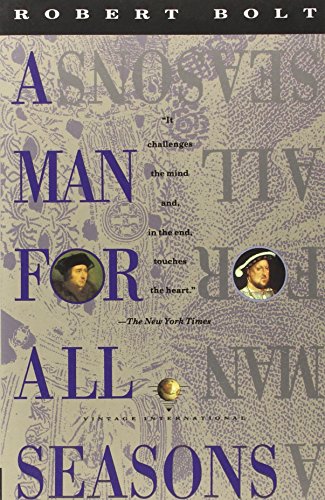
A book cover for A Man for All Seasons: A Play in Two Acts; Robert Bolt; Literature & Fiction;